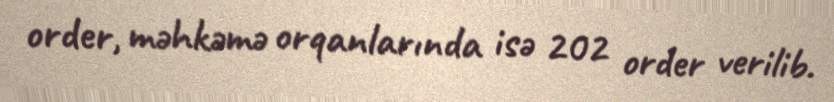
order, məhkəmə orqanlarında isə 202 order verilib.